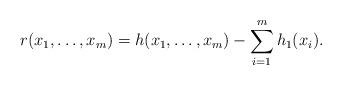
LaTeX: \begin{align*}r(x_1, \ldots, x_m) = h(x_1, \ldots,x_m) - \sum_{i=1}^mh_1(x_i). \end{align*}